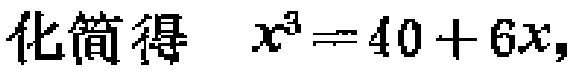
化简得 \(x^{3}=40 + 6x\)